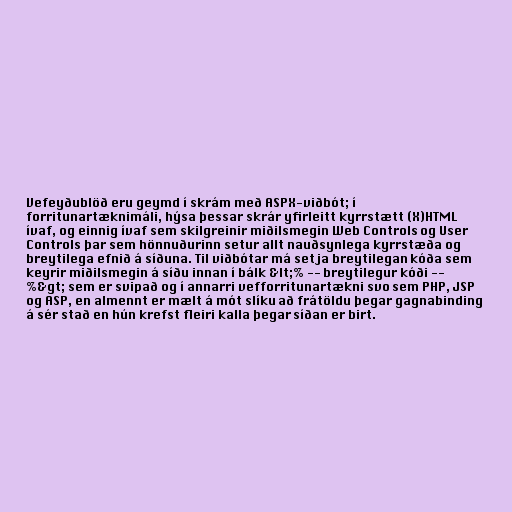
Vefeyðublöð eru geymd í skrám með ASPX-viðbót; í
forritunartæknimáli, hýsa þessar skrár yfirleitt kyrrstætt (X)HTML
ívaf, og einnig ívaf sem skilgreinir miðilsmegin Web Controls og User
Controls þar sem hönnuðurinn setur allt nauðsynlega kyrrstæða og
breytilega efnið á síðuna. Til viðbótar má setja breytilegan kóða sem
keyrir miðilsmegin á síðu innan í bálk &lt;% -- breytilegur kóði --
%&gt; sem er svipað og í annarri vefforritunartækni svo sem PHP, JSP
og ASP, en almennt er mælt á mót slíku að frátöldu þegar gagnabinding
á sér stað en hún krefst fleiri kalla þegar síðan er birt.